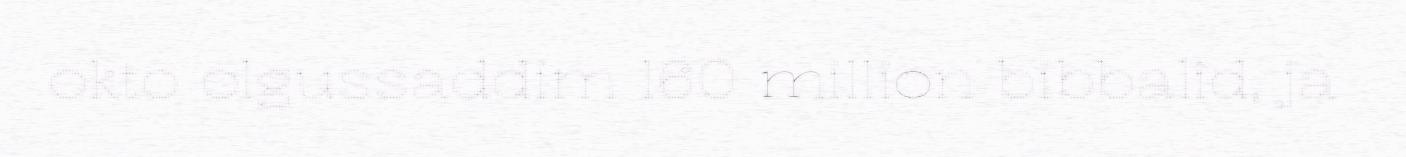
okto olgussaddim 160 million bibbalid, ja